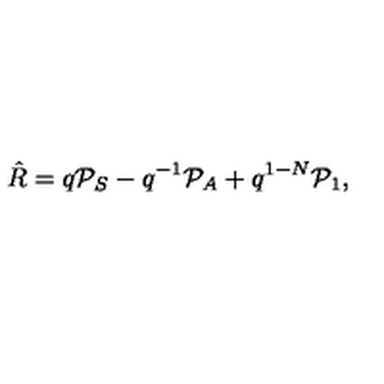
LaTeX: \hat { R } = q { \cal P } _ { S } - q ^ { - 1 } { \cal P } _ { A } + q ^ { 1 - N } { \cal P } _ { 1 } ,